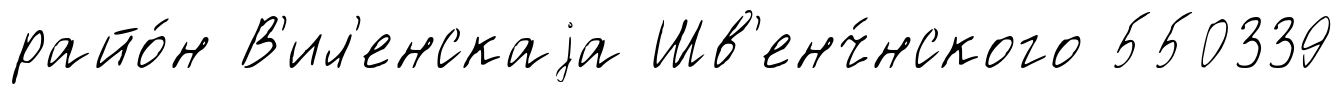
райо́н В'ил'енскаjа Шв'енч́нского 550339